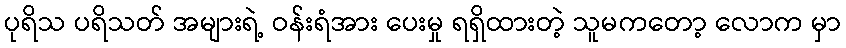
ပုရိသ ပရိသတ် အများရဲ့ ဝန်းရံအား ပေးမှု ရရှိထားတဲ့ သူမကတော့ လောက မှာ